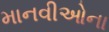
માનવીઓના